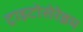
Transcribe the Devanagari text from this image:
ट्राइटोसेरेब्रम